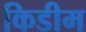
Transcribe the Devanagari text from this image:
किडीम